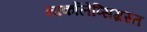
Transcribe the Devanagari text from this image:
नार्कोलेप्सिग्रस्त